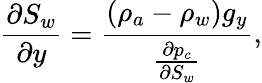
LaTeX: \frac{\partial S_{w}}{\partial y}=\frac{(\rho_{a}-\rho_{w})g_{y}}{\frac{\partial p_{c}}{\partial S_{w}}},